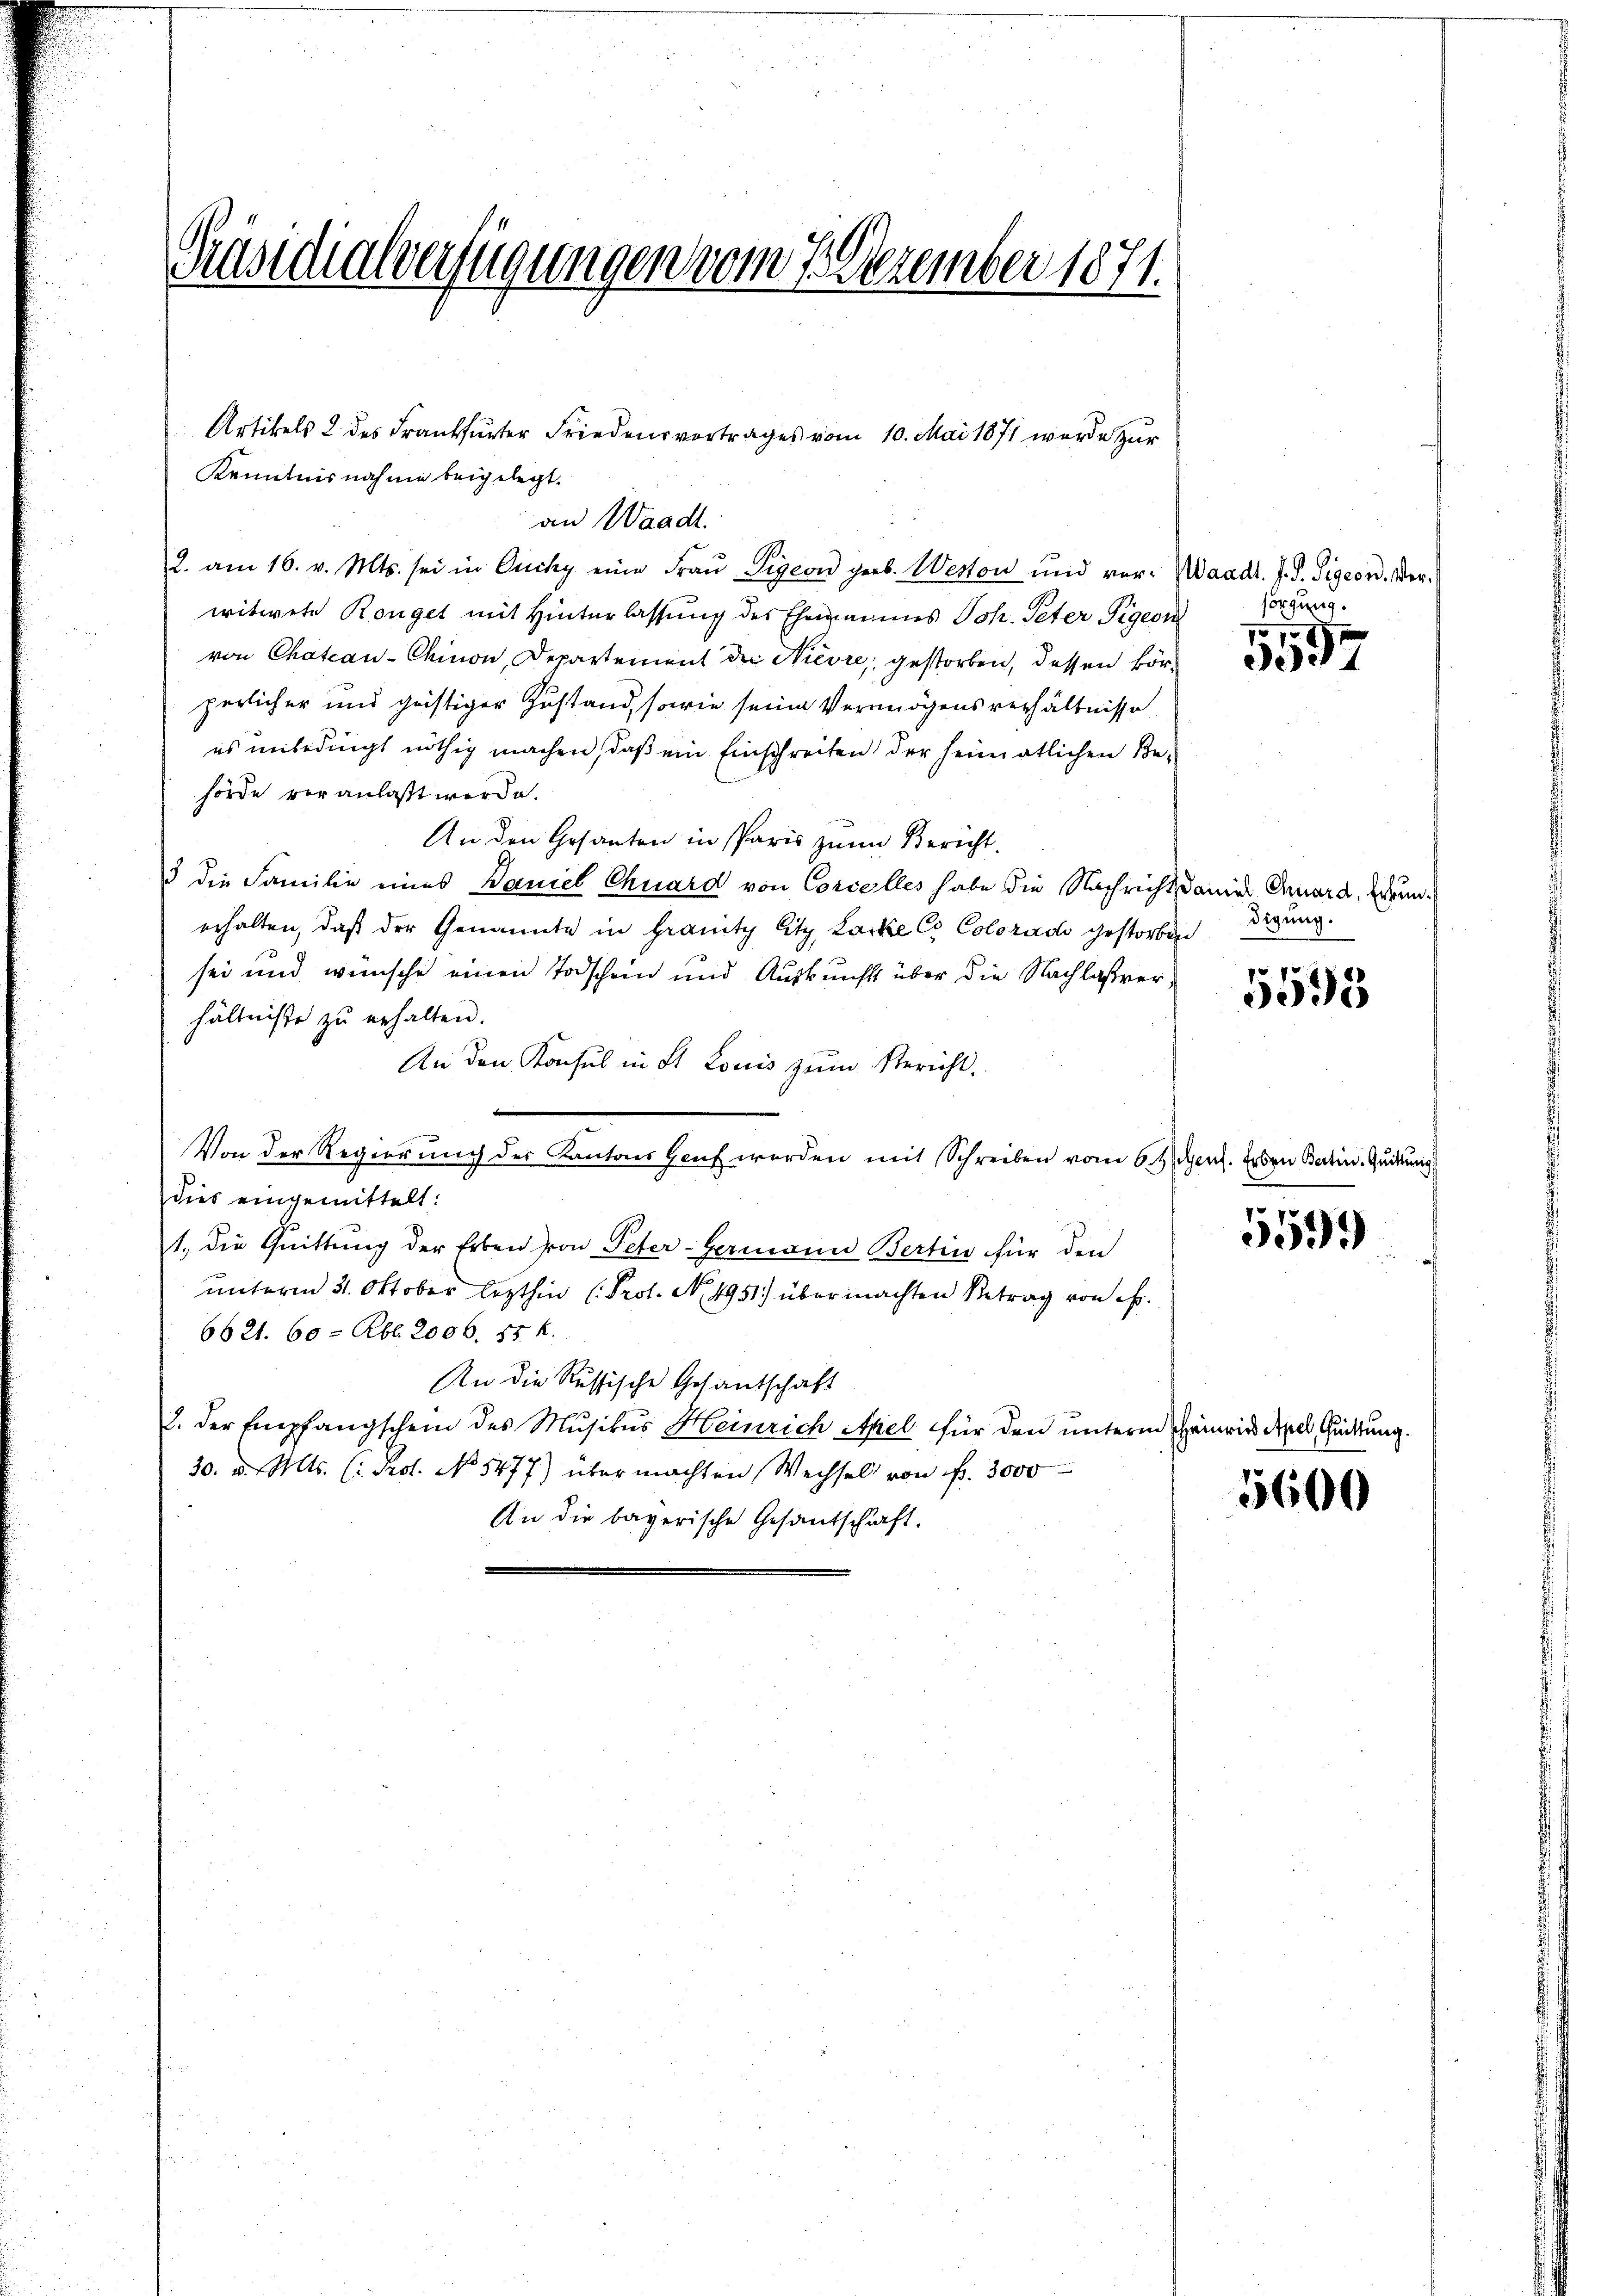
Präsidialverfügungen vom 7. Dezember 1871.

Artikels 2 des Frankfurter Friedensvortrages vom 10. Mai 1871 wurde zur
Kenntnisnahme beigelegt.
an Waadt.
2. am 16. v. Mts. sei in Qucky eine Fraŭ Tigeon geb. Weston und vor- Waadt. J. J. Sigern, Verwitwete Ronget mit Hinterlassung des Ehemannes Joh. Peter Tigeor
von Chateau-Chinon, Departement der Nievre, gestorben, dessen körperlicher und geistiger Zustand, sowie seine Vermögensverhältnisse
es unbedingt nöthig machen, daß ein Einschreiten der heimatlichen Be-
hörde veranlaßt werde.
An den Gesanten in Paris zum Bericht.
3 die Familie eines Baniel Chuard von Concelles habe die Nachricht damit Chard, Errunerhalten, daß der Genannte in Granity litz, Lacke Co Coloradi gestorben
sei und wünsche einen Todschein und Auskunft über die Nachlaßverhältnisse zu erhalten.
An den Konsul in St. Louis zum Bericht.
Von der Regierung der Kantons Haut werden mit Schreiben vom 6. Gent. Er den Satin. Gutun
dies eingemittelt:
1., die Quittung der Erben von Peter-Germann Bertin für den
unterm 31. Oktober lezthin (Prot. No. 4951) über machten Betrag von Fr.
6621. 60 = Rbl. 2006. 55 f.
An die Russische Gesantschaft
I. der Empfangschein des Musikus Heinrich Apel. für den unterm Heinried depel Guittung.
30. d. Mts. (: Prot. No 5477) über machten Wechsel von fr. 3000
An die bayerische Gesantschaft.

sorgung.

570
3357

digung.

5598

551)

5600